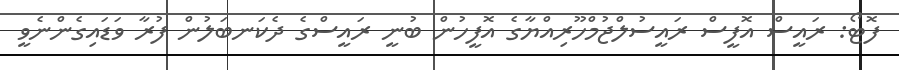
ފޮޓޯ: ރައީސް އޮފީސް ރައީސުލްޖުމްހޫރިއްޔާގެ އޮފީހުން ބުނީ ރައީސްގެ ދެކަނބަލުން ފުރާ ވަޑައިގެންނެވީ